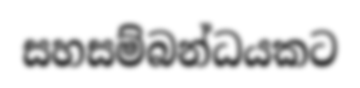
සහසම්බන්ධයකට